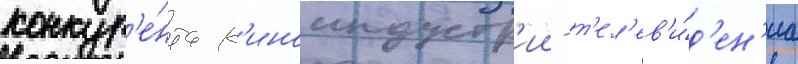
конкур'е́нта к'иноиндустр'ии - т'ел'ев'и́д'ен'иа